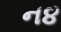
ન૪